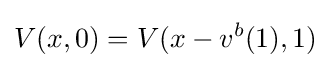
V(x,0)=V(x-v^{b}(1),1)